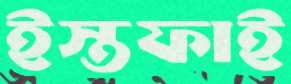
ইস্তফাই